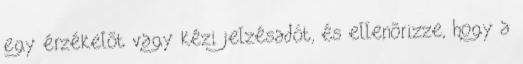
egy érzékelõt vagy kézi jelzésadót, és ellenõrizze, hogy a